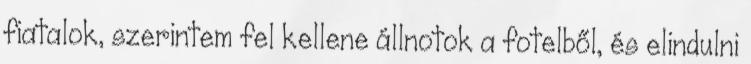
fiatalok, szerintem fel kellene állnotok a fotelből, és elindulni